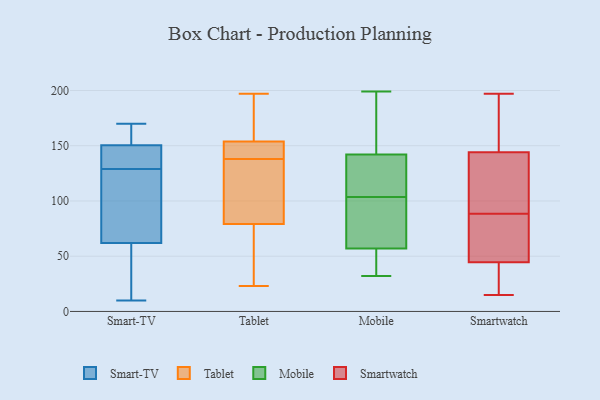
{"axis": {"x": "Headcount", "y": "Value"}, "legend": ["Mobile", "Smart-TV", "Smartwatch", "Tablet"], "data": [{"x": "", "y": 119, "type": "Smart-TV"}, {"x": "", "y": 44, "type": "Smart-TV"}, {"x": "", "y": 144, "type": "Smart-TV"}, {"x": "", "y": 168, "type": "Smart-TV"}, {"x": "", "y": 89, "type": "Smart-TV"}, {"x": "", "y": 150, "type": "Smart-TV"}, {"x": "", "y": 24, "type": "Smart-TV"}, {"x": "", "y": 133, "type": "Smart-TV"}, {"x": "", "y": 154, "type": "Smart-TV"}, {"x": "", "y": 151, "type": "Smart-TV"}, {"x": "", "y": 100, "type": "Smart-TV"}, {"x": "", "y": 170, "type": "Smart-TV"}, {"x": "", "y": 150, "type": "Smart-TV"}, {"x": "", "y": 10, "type": "Smart-TV"}, {"x": "", "y": 20, "type": "Smart-TV"}, {"x": "", "y": 158, "type": "Smart-TV"}, {"x": "", "y": 37, "type": "Smart-TV"}, {"x": "", "y": 80, "type": "Smart-TV"}, {"x": "", "y": 130, "type": "Smart-TV"}, {"x": "", "y": 128, "type": "Smart-TV"}, {"x": "", "y": 150, "type": "Tablet"}, {"x": "", "y": 138, "type": "Tablet"}, {"x": "", "y": 142, "type": "Tablet"}, {"x": "", "y": 132, "type": "Tablet"}, {"x": "", "y": 138, "type": "Tablet"}, {"x": "", "y": 29, "type": "Tablet"}, {"x": "", "y": 194, "type": "Tablet"}, {"x": "", "y": 197, "type": "Tablet"}, {"x": "", "y": 122, "type": "Tablet"}, {"x": "", "y": 65, "type": "Tablet"}, {"x": "", "y": 49, "type": "Tablet"}, {"x": "", "y": 23, "type": "Tablet"}, {"x": "", "y": 175, "type": "Tablet"}, {"x": "", "y": 44, "type": "Tablet"}, {"x": "", "y": 145, "type": "Tablet"}, {"x": "", "y": 135, "type": "Tablet"}, {"x": "", "y": 155, "type": "Tablet"}, {"x": "", "y": 187, "type": "Tablet"}, {"x": "", "y": 134, "type": "Tablet"}, {"x": "", "y": 84, "type": "Mobile"}, {"x": "", "y": 57, "type": "Mobile"}, {"x": "", "y": 54, "type": "Mobile"}, {"x": "", "y": 151, "type": "Mobile"}, {"x": "", "y": 32, "type": "Mobile"}, {"x": "", "y": 113, "type": "Mobile"}, {"x": "", "y": 142, "type": "Mobile"}, {"x": "", "y": 123, "type": "Mobile"}, {"x": "", "y": 94, "type": "Mobile"}, {"x": "", "y": 199, "type": "Mobile"}, {"x": "", "y": 100, "type": "Smartwatch"}, {"x": "", "y": 64, "type": "Smartwatch"}, {"x": "", "y": 21, "type": "Smartwatch"}, {"x": "", "y": 197, "type": "Smartwatch"}, {"x": "", "y": 173, "type": "Smartwatch"}, {"x": "", "y": 142, "type": "Smartwatch"}, {"x": "", "y": 25, "type": "Smartwatch"}, {"x": "", "y": 23, "type": "Smartwatch"}, {"x": "", "y": 138, "type": "Smartwatch"}, {"x": "", "y": 77, "type": "Smartwatch"}, {"x": "", "y": 64, "type": "Smartwatch"}, {"x": "", "y": 15, "type": "Smartwatch"}, {"x": "", "y": 70, "type": "Smartwatch"}, {"x": "", "y": 146, "type": "Smartwatch"}, {"x": "", "y": 161, "type": "Smartwatch"}, {"x": "", "y": 118, "type": "Smartwatch"}]}